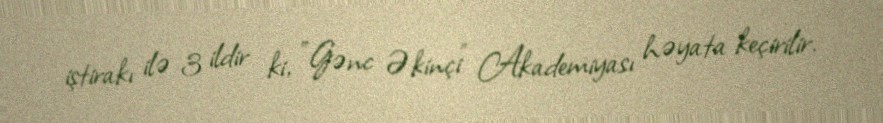
iştirakı ilə 3 ildir ki, "Gənc Əkinçi" Akademiyası həyata keçirilir.